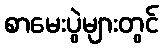
စာမေးပွဲများတွင်